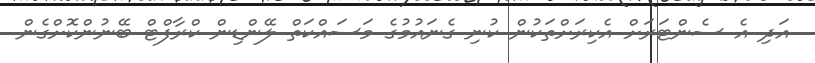
އަދި އެ ސެންޓަރަށް އެކިރަށްތަކުން ކުނި ގެނައުމުގެ މަސައްކަތް ލޭންޑިން ކްރާފްޓް ބޭނުންކޮށްގެން